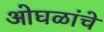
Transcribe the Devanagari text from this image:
ओघळांचे